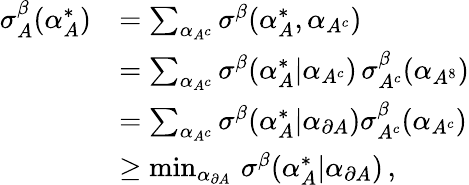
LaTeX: \begin{array}{rl}{\sigma_{A}^{\beta}(\alpha_{A}^{*})}&{=\sum_{\alpha_{A^{c}}}\sigma^{\beta}(\alpha_{A}^{*},\alpha_{A^{c}})}\\ &{=\sum_{\alpha_{A^{c}}}\sigma^{\beta}(\alpha_{A}^{*}|\alpha_{A^{c}})\, \sigma_{A^{c}}^{\beta}(\alpha_{A^{8}})}\\ &{=\sum_{\alpha_{A^{c}}}\sigma^{\beta}(\alpha_{A}^{*}|\alpha_{\partial A})\sigma_{A^{c}}^{\beta}(\alpha_{A^{c}})}\\ &{\ge\operatorname*{min}_{\alpha_{\partial A}}\, \sigma^{\beta}(\alpha_{A}^{*}|\alpha_{\partial A})\, ,}\end{array}